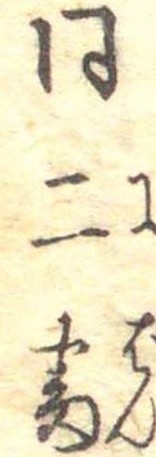
同二番